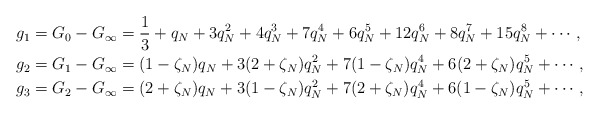
\begin{align*} g_1 &= G_{0} - G_{\infty} = \frac{1}{3} + q_N + 3q_N^2 + 4q_N^3 + 7q_N^4 + 6q_N^5+12q_N^6 + 8q_N^7+15q_N^8+\cdots,\\ g_2 &= G_{1} - G_{\infty} = (1-\zeta_N)q_N + 3(2 + \zeta_N)q_N^2 + 7(1-\zeta_N)q_N^4+6(2+\zeta_N)q_N^5 + \cdots,\\ g_3 &= G_{2} - G_{\infty} = (2+\zeta_N)q_N + 3(1 - \zeta_N)q_N^2 + 7(2+\zeta_N)q_N^4+6(1-\zeta_N)q_N^5 + \cdots,\\\end{align*}